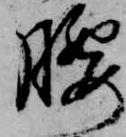
腰